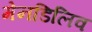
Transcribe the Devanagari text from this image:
मेनडिलिव